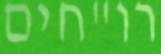
רו"חים